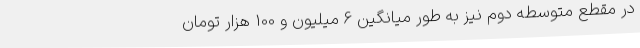
در مقطع متوسطه‌ دوم نیز به طور میانگین 6 میلیون و 100 هزار تومان